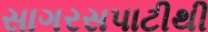
સાગરસપાટીથી